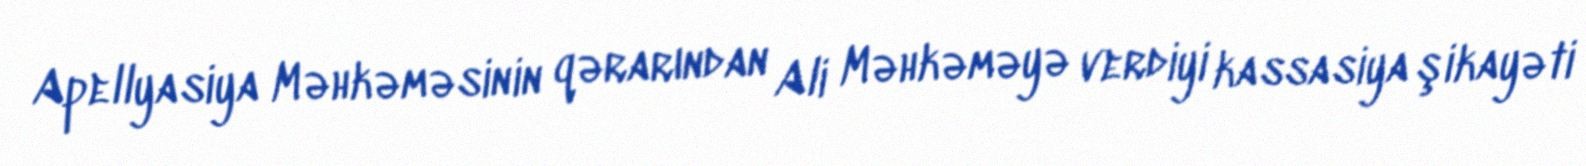
Apellyasiya Məhkəməsinin qərarından Ali Məhkəməyə verdiyi kassasiya şikayəti